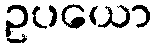
ဥပယော